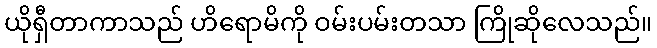
ယိုရှီတာကာသည် ဟိရောမိကို ဝမ်းပမ်းတသာ ကြိုဆိုလေသည်။